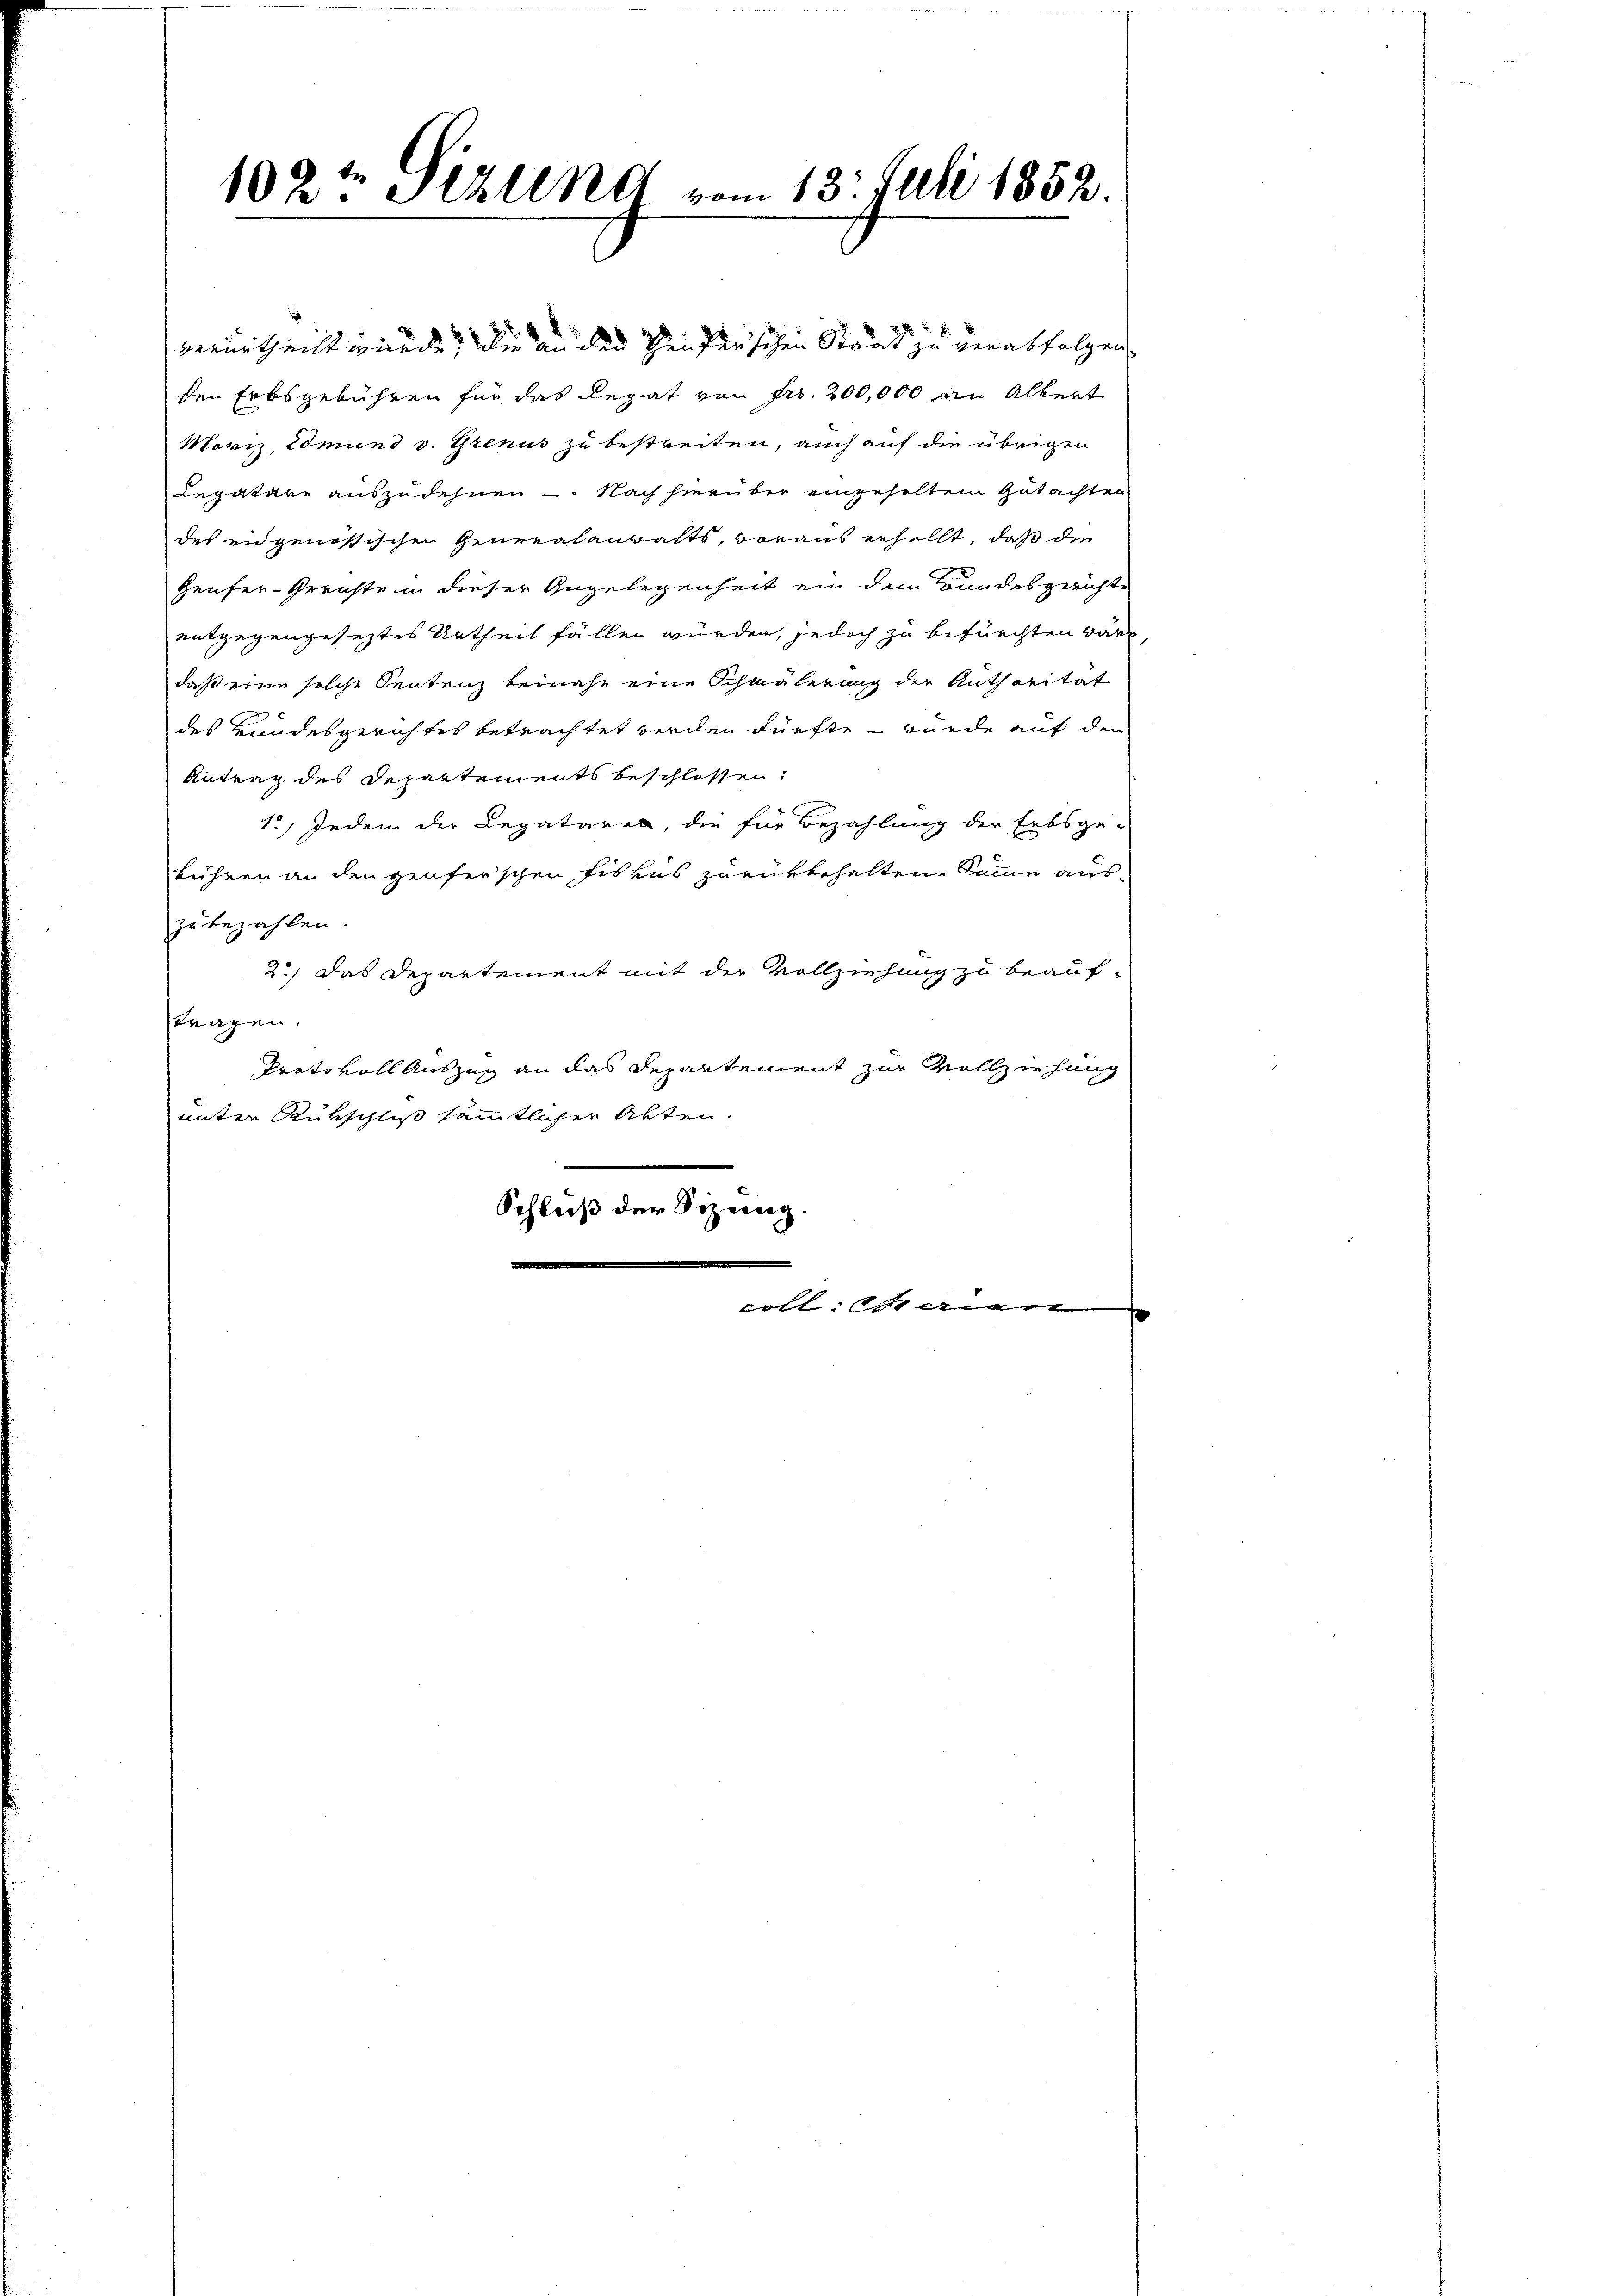
102te Stelle vom 13. Juli 1852.

den Erbsgebühren für das Legat von Fr. 200,000 an Albert
Moriz Edmund v. Grenus zu bestreiten, auch auf die übrigen
Legatare auszudehnen - Nach hierüber eingehalten Gutachten
des eidgenössischen Generalanwalts, voraus erhellt, daß die
Heufer-Gerichte in dieser Angelegenheit ein dem Bundesgerichte
entgegengeseztes Urtheil fällen würden, jedoch zu befürchten wäre,
daß eine solche Sentenz beinahe eine Schmälerung der Authorität
des Bundesgerichtes betrachtet werden dürfte – wurde auf den
Antrag des Departements beschlossen:
1) Jedem der Legataren, die für Bezahlung der Erbsge-
führen an den genferschen Fiskus zurükbehaltene Semme aus-
zu bezahlen.
2.) Das Departement mit der Vollziehung zu beauftragen.
Protokoll Auszug an das Departement zur Vollziehung
unter Rückschluss sämmtlicher Akten.
Schluß der Sizung.
e
.

verurtheilt wurde, die an den Seiferschen Staat zu verabfolgen. |

olt